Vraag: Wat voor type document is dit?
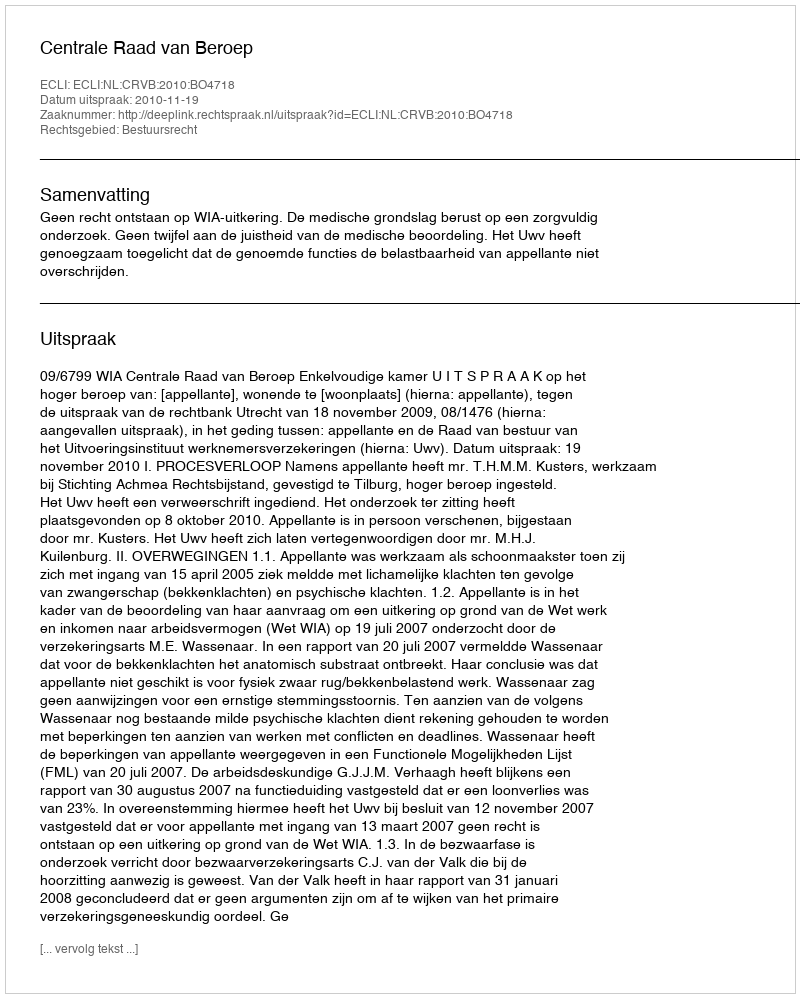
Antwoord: Uitspraak